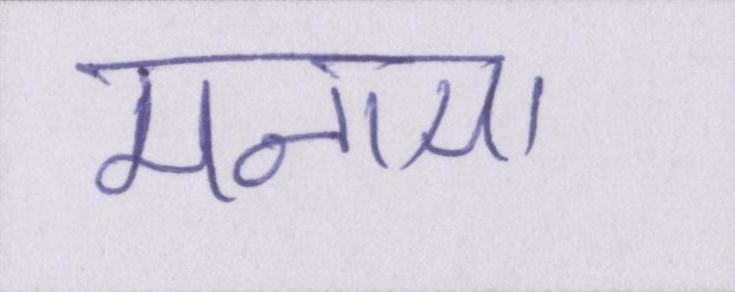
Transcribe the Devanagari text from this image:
मनाया